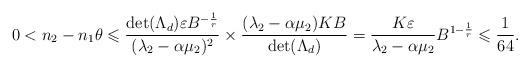
LaTeX: \begin{align*} 0<n_2-n_1\theta\leqslant \frac{\det(\Lambda_d)\varepsilon B^{-\frac{1}{r}}}{(\lambda_2-\alpha\mu_2)^2}\times \frac{(\lambda_2-\alpha\mu_2)KB}{\det(\Lambda_d)}=\frac{K\varepsilon}{\lambda_2-\alpha\mu_2}B^{1-\frac{1}{r}}\leqslant \frac{1}{64}. \end{align*}